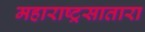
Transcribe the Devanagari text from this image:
महाराष्ट्रसातारा